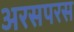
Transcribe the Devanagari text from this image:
अरसपरस